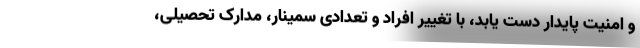
و امنیت پایدار دست یابد، با تغییر افراد و تعدادی سمینار، مدارک تحصیلی،